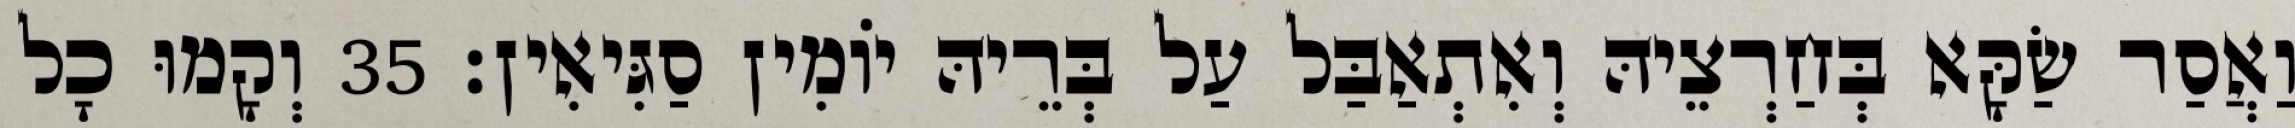
וַאֲסַר שַׂקָּא בְּחַרְצֵיהּ וְאִתְאַבַּל עַל בְּרֵיהּ יוֹמִין סַגִּיאִין׃ 35 וְקָמוּ כָל